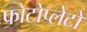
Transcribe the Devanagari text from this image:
फोटोप्लेटों